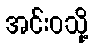
အင်းဝသို့